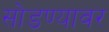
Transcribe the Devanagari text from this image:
सोडण्यावर